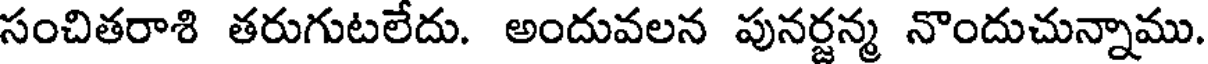
సంచితరాశి తరుగుటలేదు. అందువలన పునర్జన్మ నొందుచున్నాము.